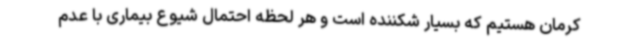
کرمان هستیم که بسیار شکننده است و هر لحظه احتمال شیوع بیماری با عدم